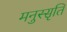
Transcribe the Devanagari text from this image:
मनुस्सृति